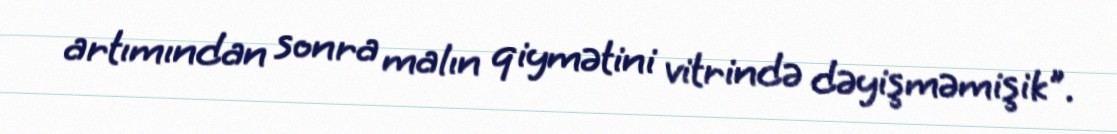
artımından sonra malın qiymətini vitrində dəyişməmişik".